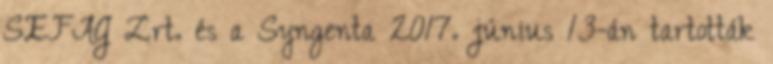
SEFAG Zrt. és a Syngenta 2017. június 13-án tartották